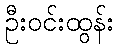
ဦးဝင်းထွန်း